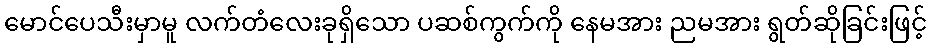
မောင်ပေသီးမှာမူ လက်တံလေးခုရှိသော ပဆစ်ကွက်ကို နေမအား ညမအား ရွတ်ဆိုခြင်းဖြင့်